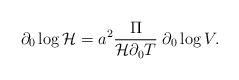
LaTeX: \begin{align*}\partial_0 \log {\cal H} = a^2 {\Pi \over {\cal H} \partial_0 T} \; \partial_0 \log V. \end{align*}